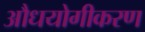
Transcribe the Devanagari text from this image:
औधयोगीकरण